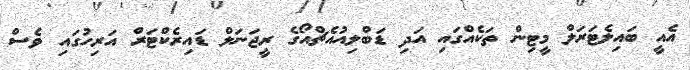
އެއީ ބައިލެޓަރަލް މީޓިން ތަކެއްގައި އަދި ޑަބްލިއުއެޗްއޯގެ ރީޖަނަލް ޑައިރެކްޓަރް އަރިހުގައި ވެސް